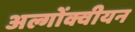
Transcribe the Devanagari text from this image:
अल्गोंक्वीयन